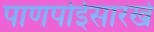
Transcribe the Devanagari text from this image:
पाणपोईसारखे